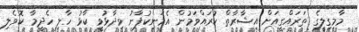
މާމިގިލީގެ ތަރައްގީއަށް އިޝާރާތް ކުރައްވަމުން އެމަނިކުފާނު ވިދާޅުވީ ކާޅު ހާލި ހެދީމާ ކޮވެލި